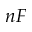
n F